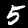
Label: 5